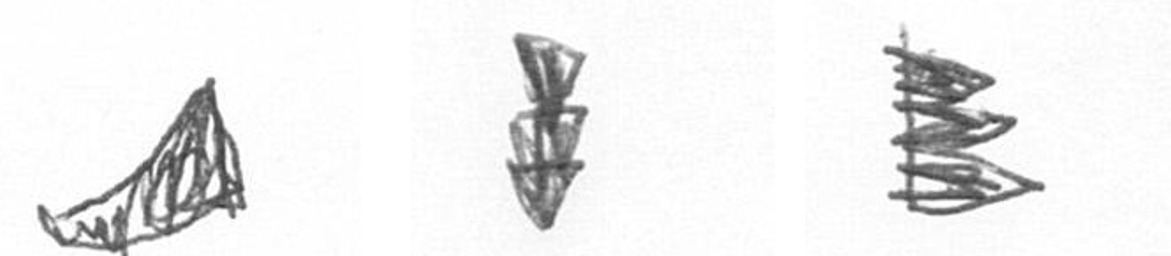
O E H